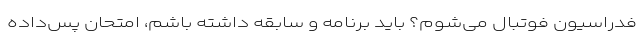
فدراسیون فوتبال می‌شوم؟ باید برنامه و سابقه داشته باشم، امتحان پس‌داده